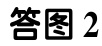
答图2